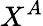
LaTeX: X^{A}